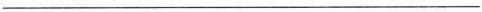
___